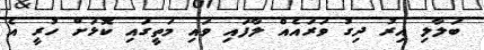
ބަލާލި އިރު ދިގު ވަރައެއް ލާފައި ވައި މަތީގައި ކޮޅަށް ހުރީ އެ